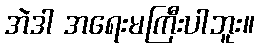
အဲဒါ အရေးမကြီးပါဘူး။